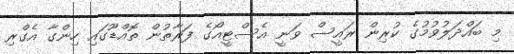
މި ބައްދަލުވުމުގެ ކުރިން ރައީސް ވަނީ އެސްޓީއޯގެ ފަރާތުން ތޮއްޑޫގައި ހިންގާ އެގްރި